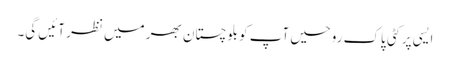
ایسی پر کٹی پاک روحیں آپ کو بلوچستان بھر میں نظر آئیں گی۔